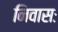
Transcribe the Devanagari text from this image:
निवासः